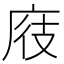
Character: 𪪖